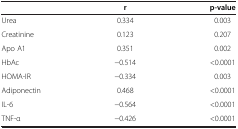
<table><thead><tr><td><b> </b></td><td><b>r</b></td><td><b>p-value</b></td></tr></thead><tbody><tr><td>Urea</td><td>0.334</td><td>0.003</td></tr><tr><td>Creatinine</td><td>0.123</td><td>0.207</td></tr><tr><td>Apo A1</td><td>0.351</td><td>0.002</td></tr><tr><td>HbAc</td><td>−0.514</td><td>&lt;0.0001</td></tr><tr><td>HOMA-IR</td><td>−0.334</td><td>0.003</td></tr><tr><td>Adiponectin</td><td>0.468</td><td>&lt;0.0001</td></tr><tr><td>IL-6</td><td>−0.564</td><td>&lt;0.0001</td></tr><tr><td>TNF-α</td><td>−0.426</td><td>&lt;0.0001</td></tr></tbody></table>